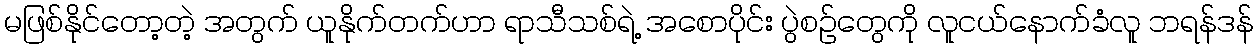
မဖြစ်နိုင်တော့တဲ့ အတွက် ယူနိုက်တက်ဟာ ရာသီသစ်ရဲ့ အစောပိုင်း ပွဲစဉ်တွေကို လူငယ်နောက်ခံလူ ဘရန်ဒန်